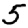
Digit: 5